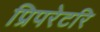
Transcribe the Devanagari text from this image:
प्रिपरेटरि